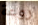
روعة